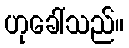
ဟုခေါ်သည်။